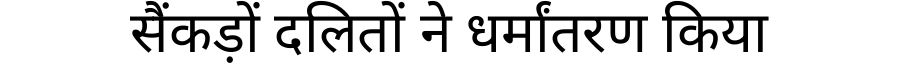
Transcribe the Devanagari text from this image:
सैंकड़ों दलितों ने धर्मांतरण किया